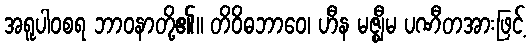
အရူပါဝစရ ဘာဝနာတို့၏။ တိဝိဓဘာဝေ၊ ဟီန မဇ္ဈီမ ပဏီတအားဖြင့်